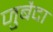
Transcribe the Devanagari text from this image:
जुबैदा